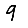
Digit: 9